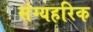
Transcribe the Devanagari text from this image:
संग्यहरिक